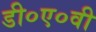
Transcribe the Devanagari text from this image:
डी०ए०वी